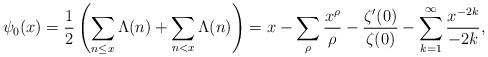
\begin{align*} \psi_0(x)=\frac{1}{2}\left(\sum_{n\le x}\Lambda(n)+\sum_{n<x}\Lambda(n)\right)=x-\sum_\rho \frac{x^\rho}{\rho}-\frac{\zeta^\prime(0)}{\zeta(0)}-\sum_{k=1}^{\infty}\frac{x^{-2k}}{-2k},\end{align*}